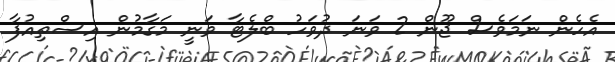
އެހެން ނަމަވެސް ޖޫން 2 ވަނަ ދުވަހު ބްލެޓާ ވަނީ މަގާމުން އިސްތިއުފާ